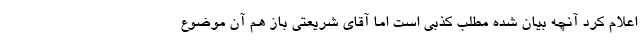
اعلام کرد آنچه بیان شده مطلب کذبی است اما آقای شریعتی باز هم آن موضوع